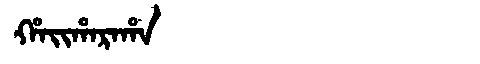
Manchu: ᡥᠠᡳᡥᠠᡵᠠᡥᠠ
Romanization: HAIHARAHA